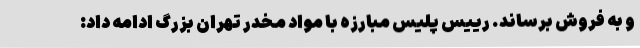
و به فروش برساند. رییس پلیس مبارزه با مواد مخدر تهران بزرگ ادامه داد: